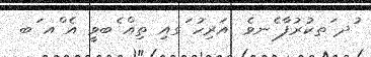
ުދ ަތކުރުފާ ެނވެ .އަރިހު ަގއި ތިއް ެބވީ އެ ްއ ަބ